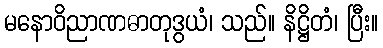
မနောဝိညာဏဓာတုဒွယံ၊ သည်။ နိဋ္ဌိတံ၊ ပြီး။